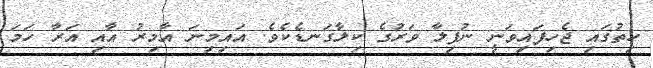
ހިތުގައި ޖެހިފައިވަނީ ނުފިލާ ވަރުގެ ކިލާގަނޑެކެވެ. އައިމިނަ އާމިރު އާއި އަރާ ހަމަ